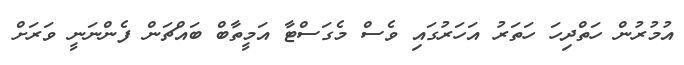
އުމުރުން ހަތްދިހަ ހަތަރު އަހަރުގައި ވެސް މެގަސްޓާ އަމީތާބް ބައްޗަން ފެންނަނީ ވަރަށް